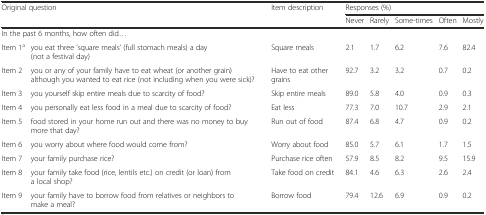
<table><thead><tr><td colspan="2" rowspan="2"><b>Original question</b></td><td rowspan="2"><b>Item description</b></td><td colspan="5"><b>Responses (%)</b></td></tr><tr><td><b>Never</b></td><td><b>Rarely</b></td><td><b>Some-times</b></td><td><b>Often</b></td><td><b>Mostly</b></td></tr></thead><tbody><tr><td colspan="8">In the past 6 months, how often did...</td></tr><tr><td>Item 1<sup>a</sup></td><td>you eat three ‘square meals’ (full stomach meals) a day (not a festival day)</td><td>Square meals</td><td>2.1</td><td>1.7</td><td>6.2</td><td>7.6</td><td>82.4</td></tr><tr><td>Item 2</td><td>you or any of your family have to eat wheat (or another grain) although you wanted to eat rice (not including when you were sick)?</td><td>Have to eat other grains</td><td>92.7</td><td>3.2</td><td>3.2</td><td>0.7</td><td>0.2</td></tr><tr><td>Item 3</td><td>you yourself skip entire meals due to scarcity of food?</td><td>Skip entire meals</td><td>89.0</td><td>5.8</td><td>4.0</td><td>0.9</td><td>0.3</td></tr><tr><td>Item 4</td><td>you personally eat less food in a meal due to scarcity of food?</td><td>Eat less</td><td>77.3</td><td>7.0</td><td>10.7</td><td>2.9</td><td>2.1</td></tr><tr><td>Item 5</td><td>food stored in your home run out and there was no money to buy more that day?</td><td>Run out of food</td><td>87.4</td><td>6.8</td><td>4.7</td><td>0.9</td><td>0.2</td></tr><tr><td>Item 6</td><td>you worry about where food would come from?</td><td>Worry about food</td><td>85.0</td><td>5.7</td><td>6.1</td><td>1.7</td><td>1.5</td></tr><tr><td>Item 7</td><td>your family purchase rice?</td><td>Purchase rice often</td><td>57.9</td><td>8.5</td><td>8.2</td><td>9.5</td><td>15.9</td></tr><tr><td>Item 8</td><td>your family take food (rice, lentils etc.) on credit (or loan) from a local shop?</td><td>Take food on credit</td><td>84.1</td><td>4.6</td><td>6.3</td><td>2.6</td><td>2.4</td></tr><tr><td>Item 9</td><td>your family have to borrow food from relatives or neighbors to make a meal?</td><td>Borrow food</td><td>79.4</td><td>12.6</td><td>6.9</td><td>0.9</td><td>0.2</td></tr></tbody></table>